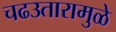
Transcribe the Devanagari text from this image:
चढउतारामुळे